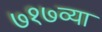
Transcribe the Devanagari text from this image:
७१७व्या